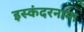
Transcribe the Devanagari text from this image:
इस्कंदरनामा